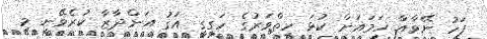
ފަހު ނޭވާއާ ހަމައަށް ކުޅަ ހިތްވަރުގެ ހަގީގީ އަގު އަންދާޒާ ކުރެވޭނީ މި